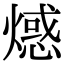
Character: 𤏘